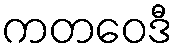
ကတဝေဒီ